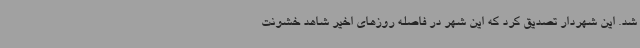
شد. این شهردار تصدیق کرد که این شهر در فاصله روزهای اخیر شاهد خشونت